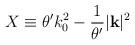
LaTeX: \begin{align*}X\equiv \theta 'k^{2}_{0}-\frac{1}{\theta '}|\mathbf{k}|^{2}\end{align*}